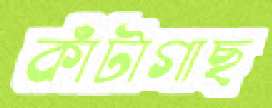
কাঁটাগাছ